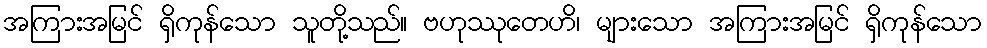
အကြားအမြင် ရှိကုန်သော သူတို့သည်။ ဗဟုဿုတေဟိ၊ များသော အကြားအမြင် ရှိကုန်သော